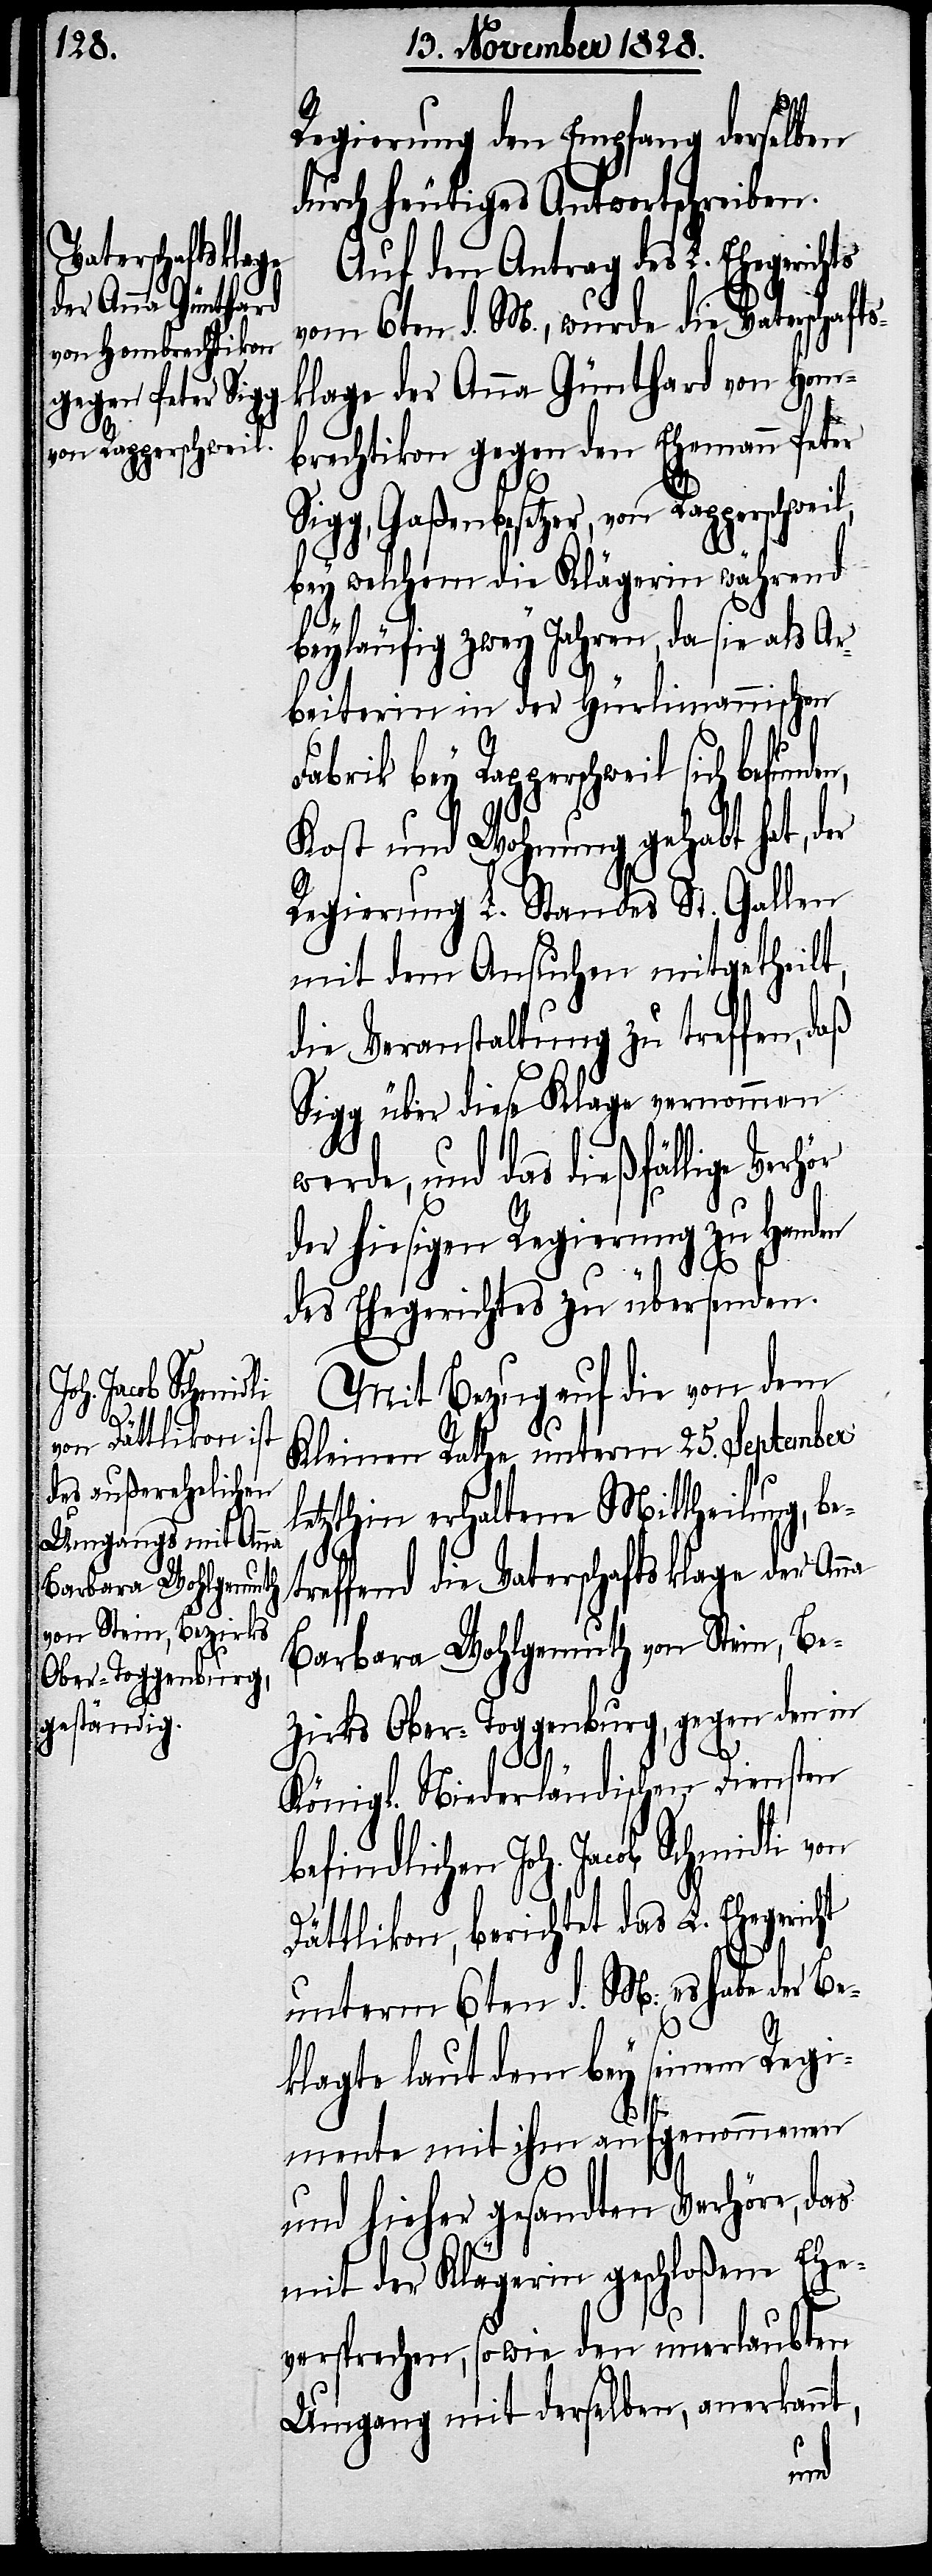
Regierung den Empfang derselben
durch heutiges Antwortschreiben.
Auf den Antrag des L. Ehegerichts
vom 6ten d. M., wurde die Vaterschaft¬
sklage der Anna Günthard von Hom¬
brechtikon gegen den Ehemann Peter
Sigg, Gaßenbesetzer, von Rapperschweil,
bey welchem die Klägerin während
beyläufig zwey Jahren, da sie als Ar¬
beiterin in der Hürlimannischen
Fabrik bey Rapperschweil sich befun¬
Kost und Wohnung gehabt hat, der
Regierung L. Standes St. Gallen
mit dem Ansuchen mitgetheilt,
die Veranstaltung zu treffen,
Sigg über diese Klage vernommen
werde, und das dießfällige Verh¬
der hiesigen Regierung zu Handen
des Ehegerichtes zu übersenden.
Mit Bezug auf die von dem
Kleinen Rathe unterm 25. September
letzthin erhaltene Mittheilung, bet¬
reffend die Vaterschaftsklage der An¬
Barbara Wohlgemuth von Stein, Be¬
zirks Ober-Toggenburg, gegen den in
Königl. Niederländischen Diensten
befindlichen Joh. Jacob Schmidli
Dättlikon, berichtet das L. Ehegericht
unterm 6ten d. M: es habe der Be¬
klagte laut dem bey seinem Regi¬
mente mit ihm aufgenommenen
und hieher gesandten Verhöre, das
mit der Klägerin geschloßene Ehe¬
versprechen, so wie den unerlaubten
Umgang mit derselben, anerkannt,
na